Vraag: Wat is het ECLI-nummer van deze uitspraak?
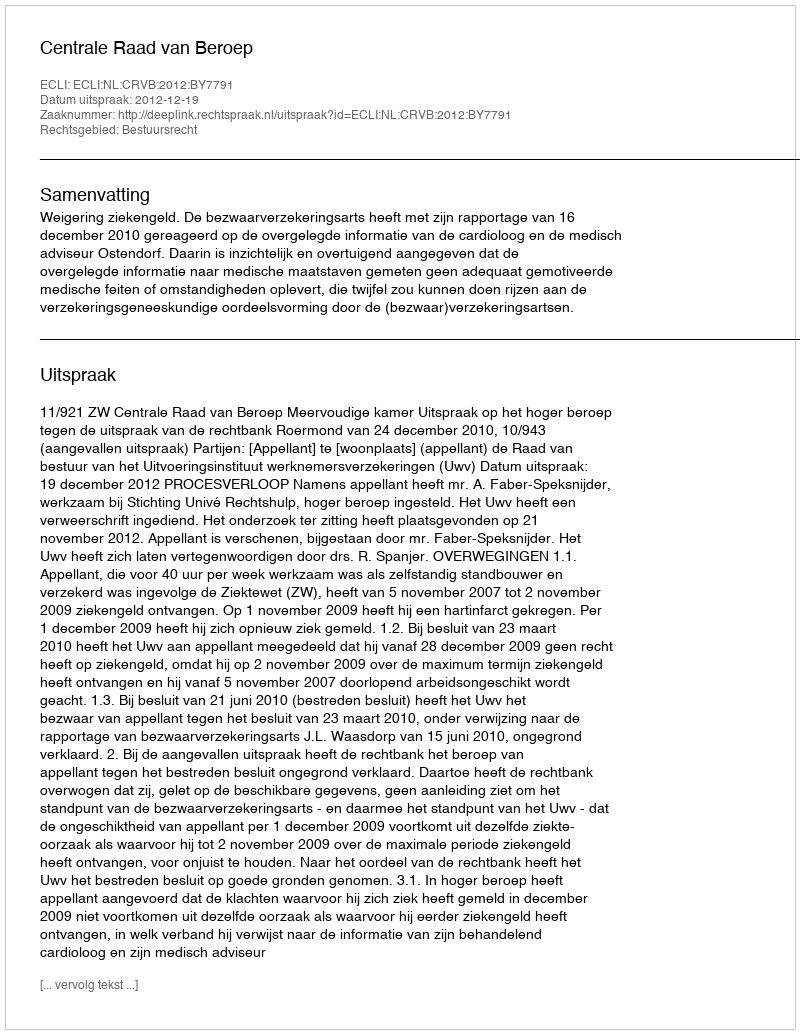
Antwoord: ECLI:NL:CRVB:2012:BY7791